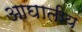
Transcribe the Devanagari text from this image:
आघातीय